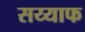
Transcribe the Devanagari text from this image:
सय्याफ